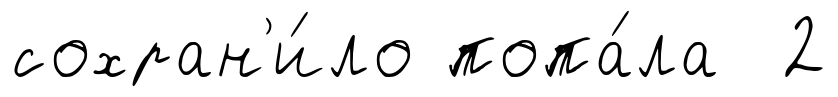
сохран'и́ло попа́ла 2